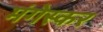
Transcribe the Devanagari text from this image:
मंगेस्कर